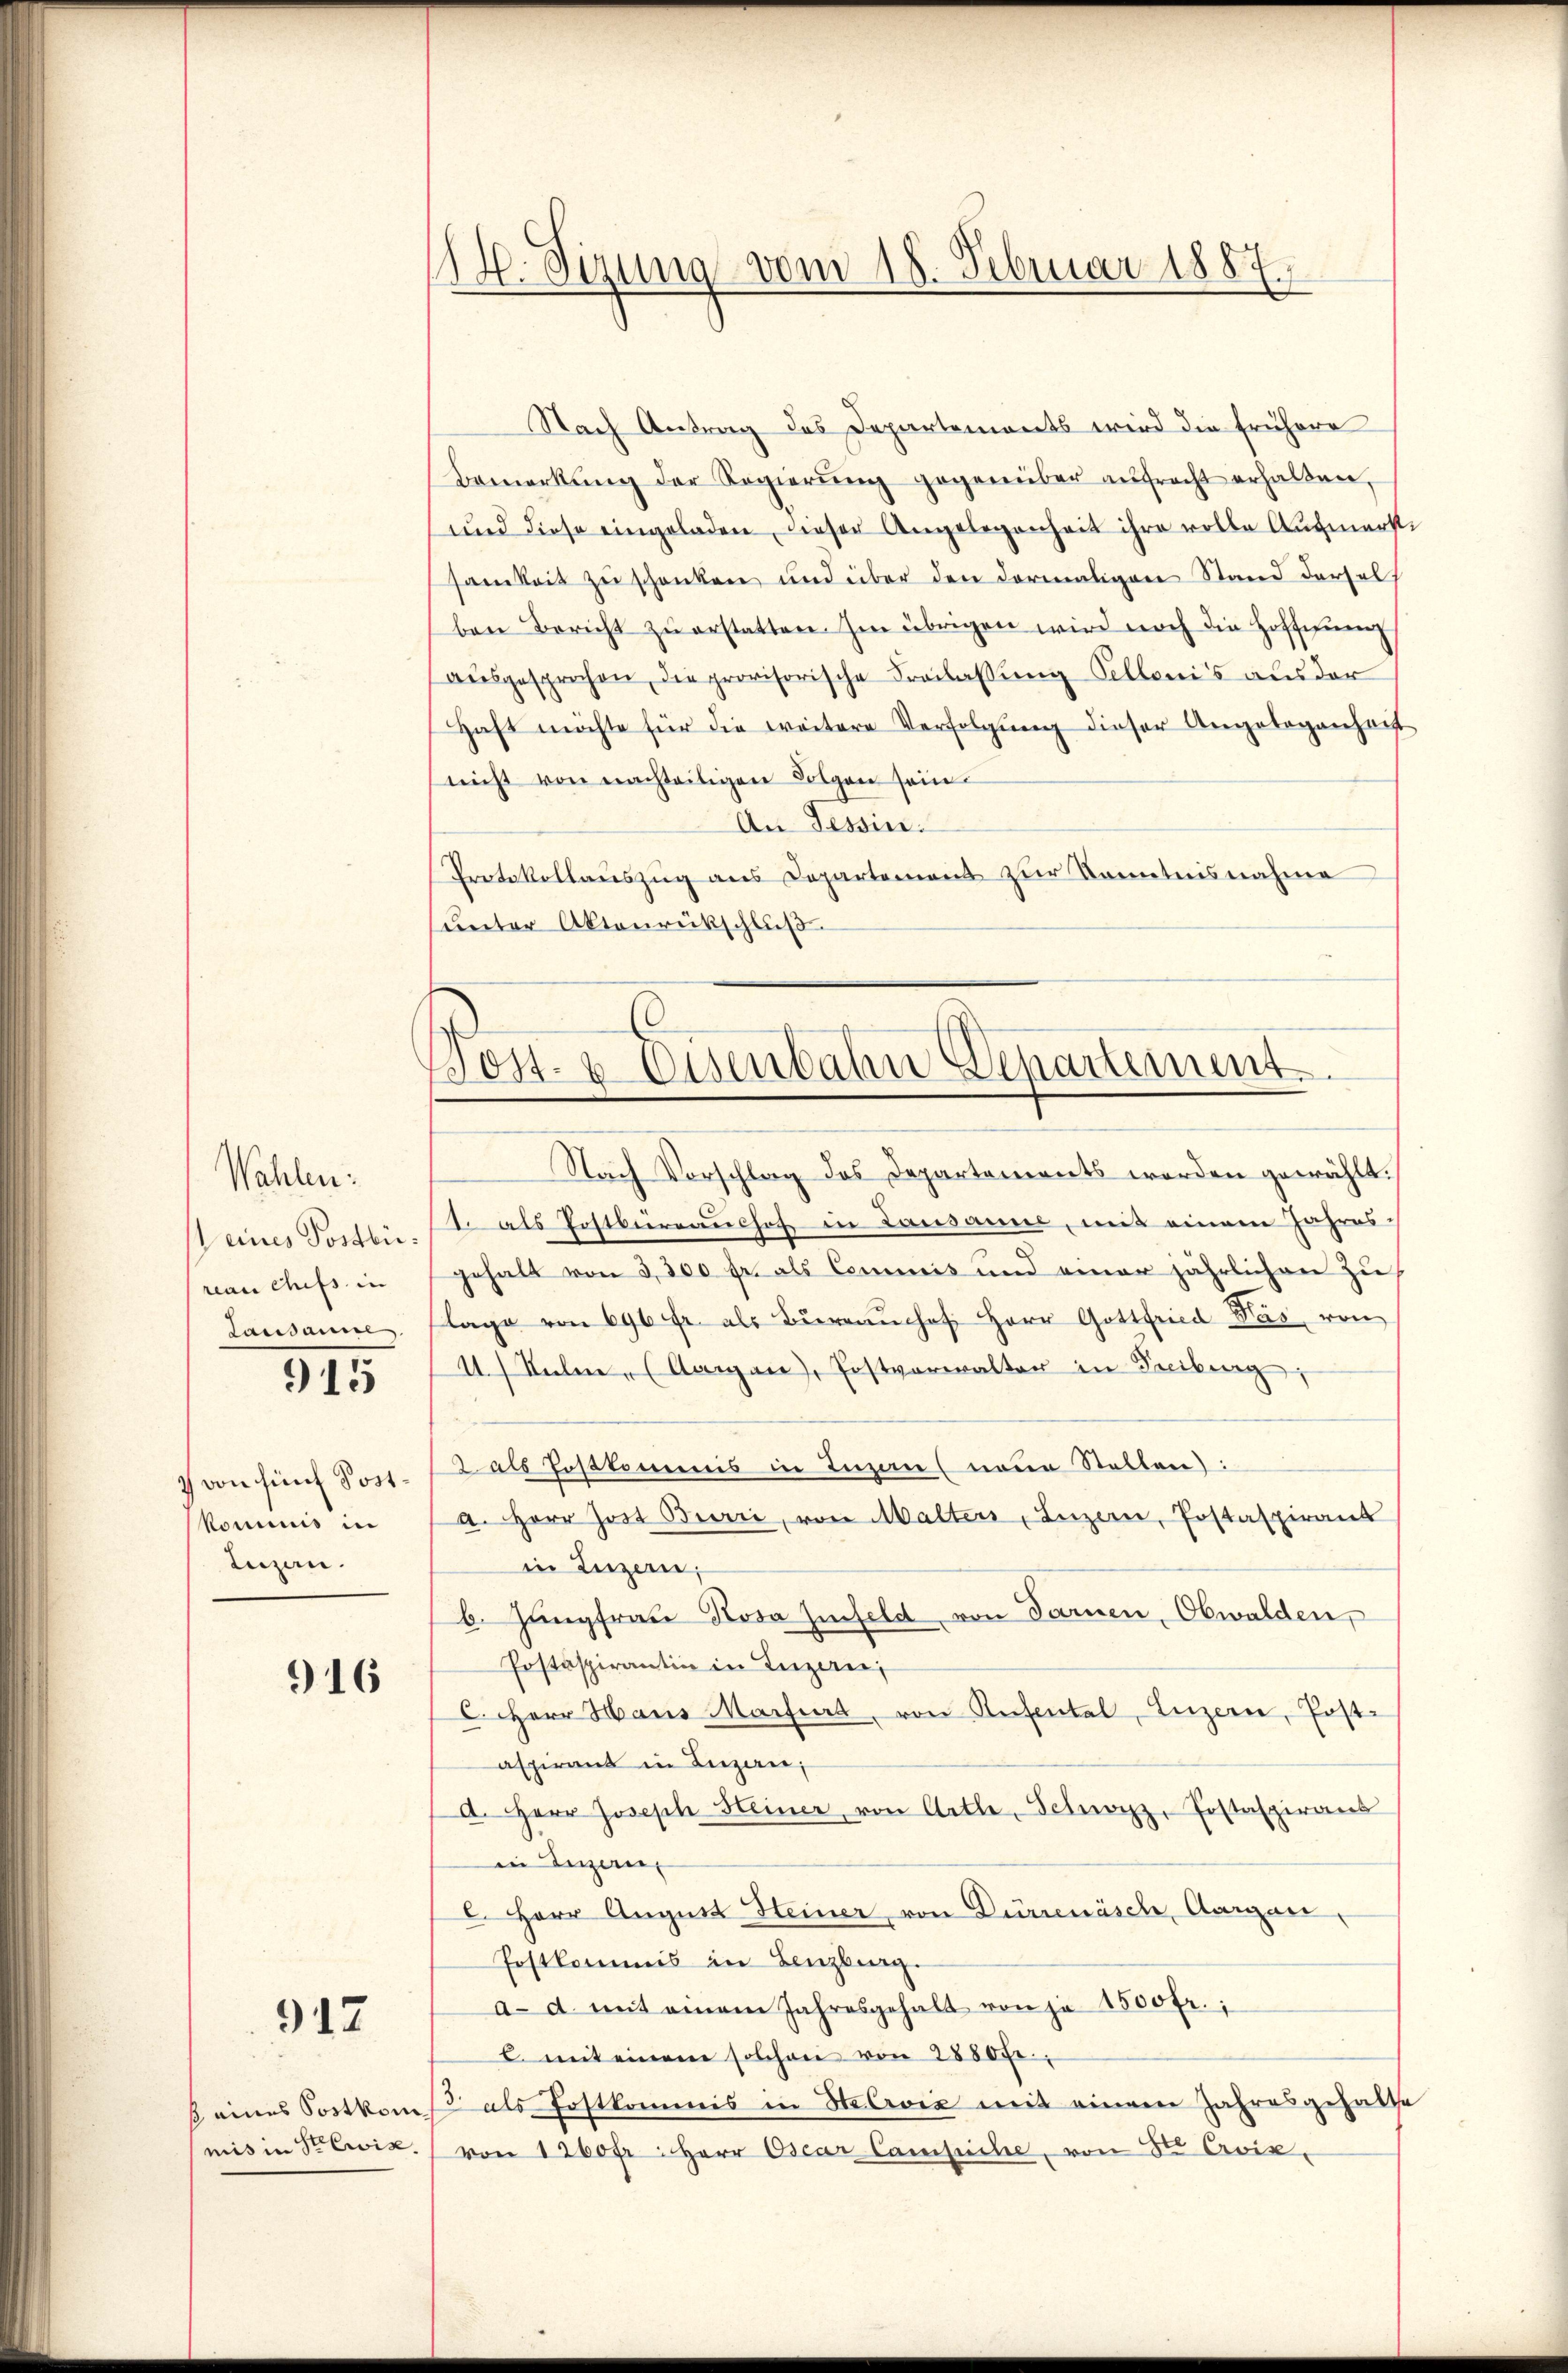
Wahlen:
 eines Posten.
reau chefs in
Lausanne

915

von fünf Postkommnis in
Luzan.

916

912

ß eines Postkom
mis in Seewis

114. Sizung vom 18. Februar 1887

Nach Antrag des Departements wird die frühere
Bemerkŭng der Regierŭng gegenüber aŭfracht erhalten,
und diese eingeladen, dieser Angelegenheit ihre volle Aufmerk-
samkeit zu schenken und über den dormaligen Stand dersel
ben Bericht zŭ erstatten. Im übrigen wird noch die Hoffnung
aŭsgesprochen, die provisorische Freilassung Pellonis aus der
Haft möchte für die weitere Verfolgŭng dieser Angebogenheit
nicht von nachteiligen Folgen sein.
An Tessin.
Protokollaŭszŭg ans Departement zur Kenntnisnahme
hunter Aktenrückschluß

Post- & Eisenbahn Departement

Nach Vorschlag des Departements worden gewählt.
1. als Postbierraushof in Lausanne, mit einem Jahres-
gehalt von 3,300 fr. als Commis und einer jährlichen zulage von 696 fr. als Büreaŭchof Herr Gottfried Was von
11.) Selin, (Aargau, Postverwalter in Freiburg,
Lals Postkommnis in Inzaus neue Stellen):
a. Herr Jost Birri, von Malter, Luzern, Postaspirant
in Luzern,
b. Jungfrau Rosa Zinfeld von Farnen, Obwalden,
Postaspirantin in Luzern,
C. Herr Haus Martiert, von Rufental, Luzern, Post-
aspirant in Luzern,
A. Herr Joseph Heiner von Arthe, Schwarz, Postaspirant
in Eigen
l. Herr August Heiner von Dürrenäsche, Aargau,
Postkommis in Lenzburg.
a. d. mit einem Jahresgehalt von je 1500 fr.;
l. mit einem solchen von 2850fr.
3 als Postkommis in Heerić mit einem Jahresgehalte
von 1260 fr. Herr Oscar Campiche, von St. Croix,